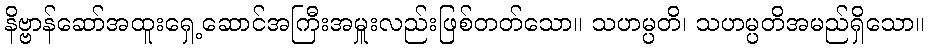
နိဗ္ဗာန်ဆော်အထူးရှေ့ဆောင်အကြီးအမှူးလည်းဖြစ်တတ်သော။ သဟမ္ပတိ၊ သဟမ္ပတိအမည်ရှိသော။